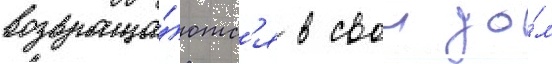
возвраща́ютс'я в свои до́м